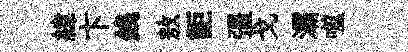
緯卞銭敖詎彊戈灞噬